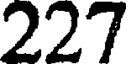
227